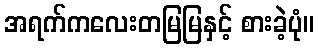
အရက်ကလေးတမြမြနှင့် စားခဲ့ပုံ။